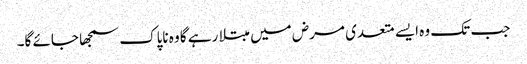
جب تک وہ ایسے متعدی مرض میں مبتلا رہے گا وہ ناپاک سمجھا جائے گا۔